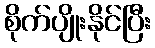
စိုက်ပျိုးနိုင်ပြီး